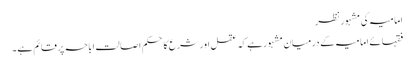
امامیہ کی مشہور نظر
فقہائے امامیہ کے درمیان مشہور ہے کہ عقل اور شرع کا حکم اصالت اباحہ پر قائم ہے ۔